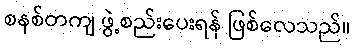
စနစ်တကျ ဖွဲ့စည်းပေးရန် ဖြစ်လေသည်။